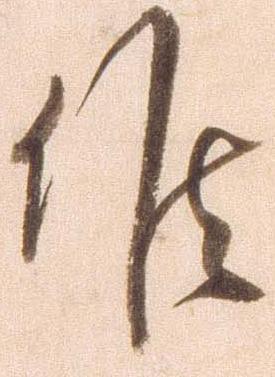
候